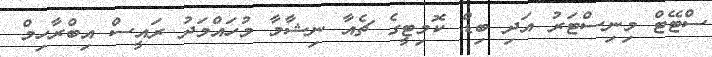
ސްޓޭޓް މިނިސްޓަރު އަދި ބިޑް ކޮމިޓީގެ ޗެއާ ނިޝާމާ މުހައްމަދު ރައީސް އިބްރާހިމް